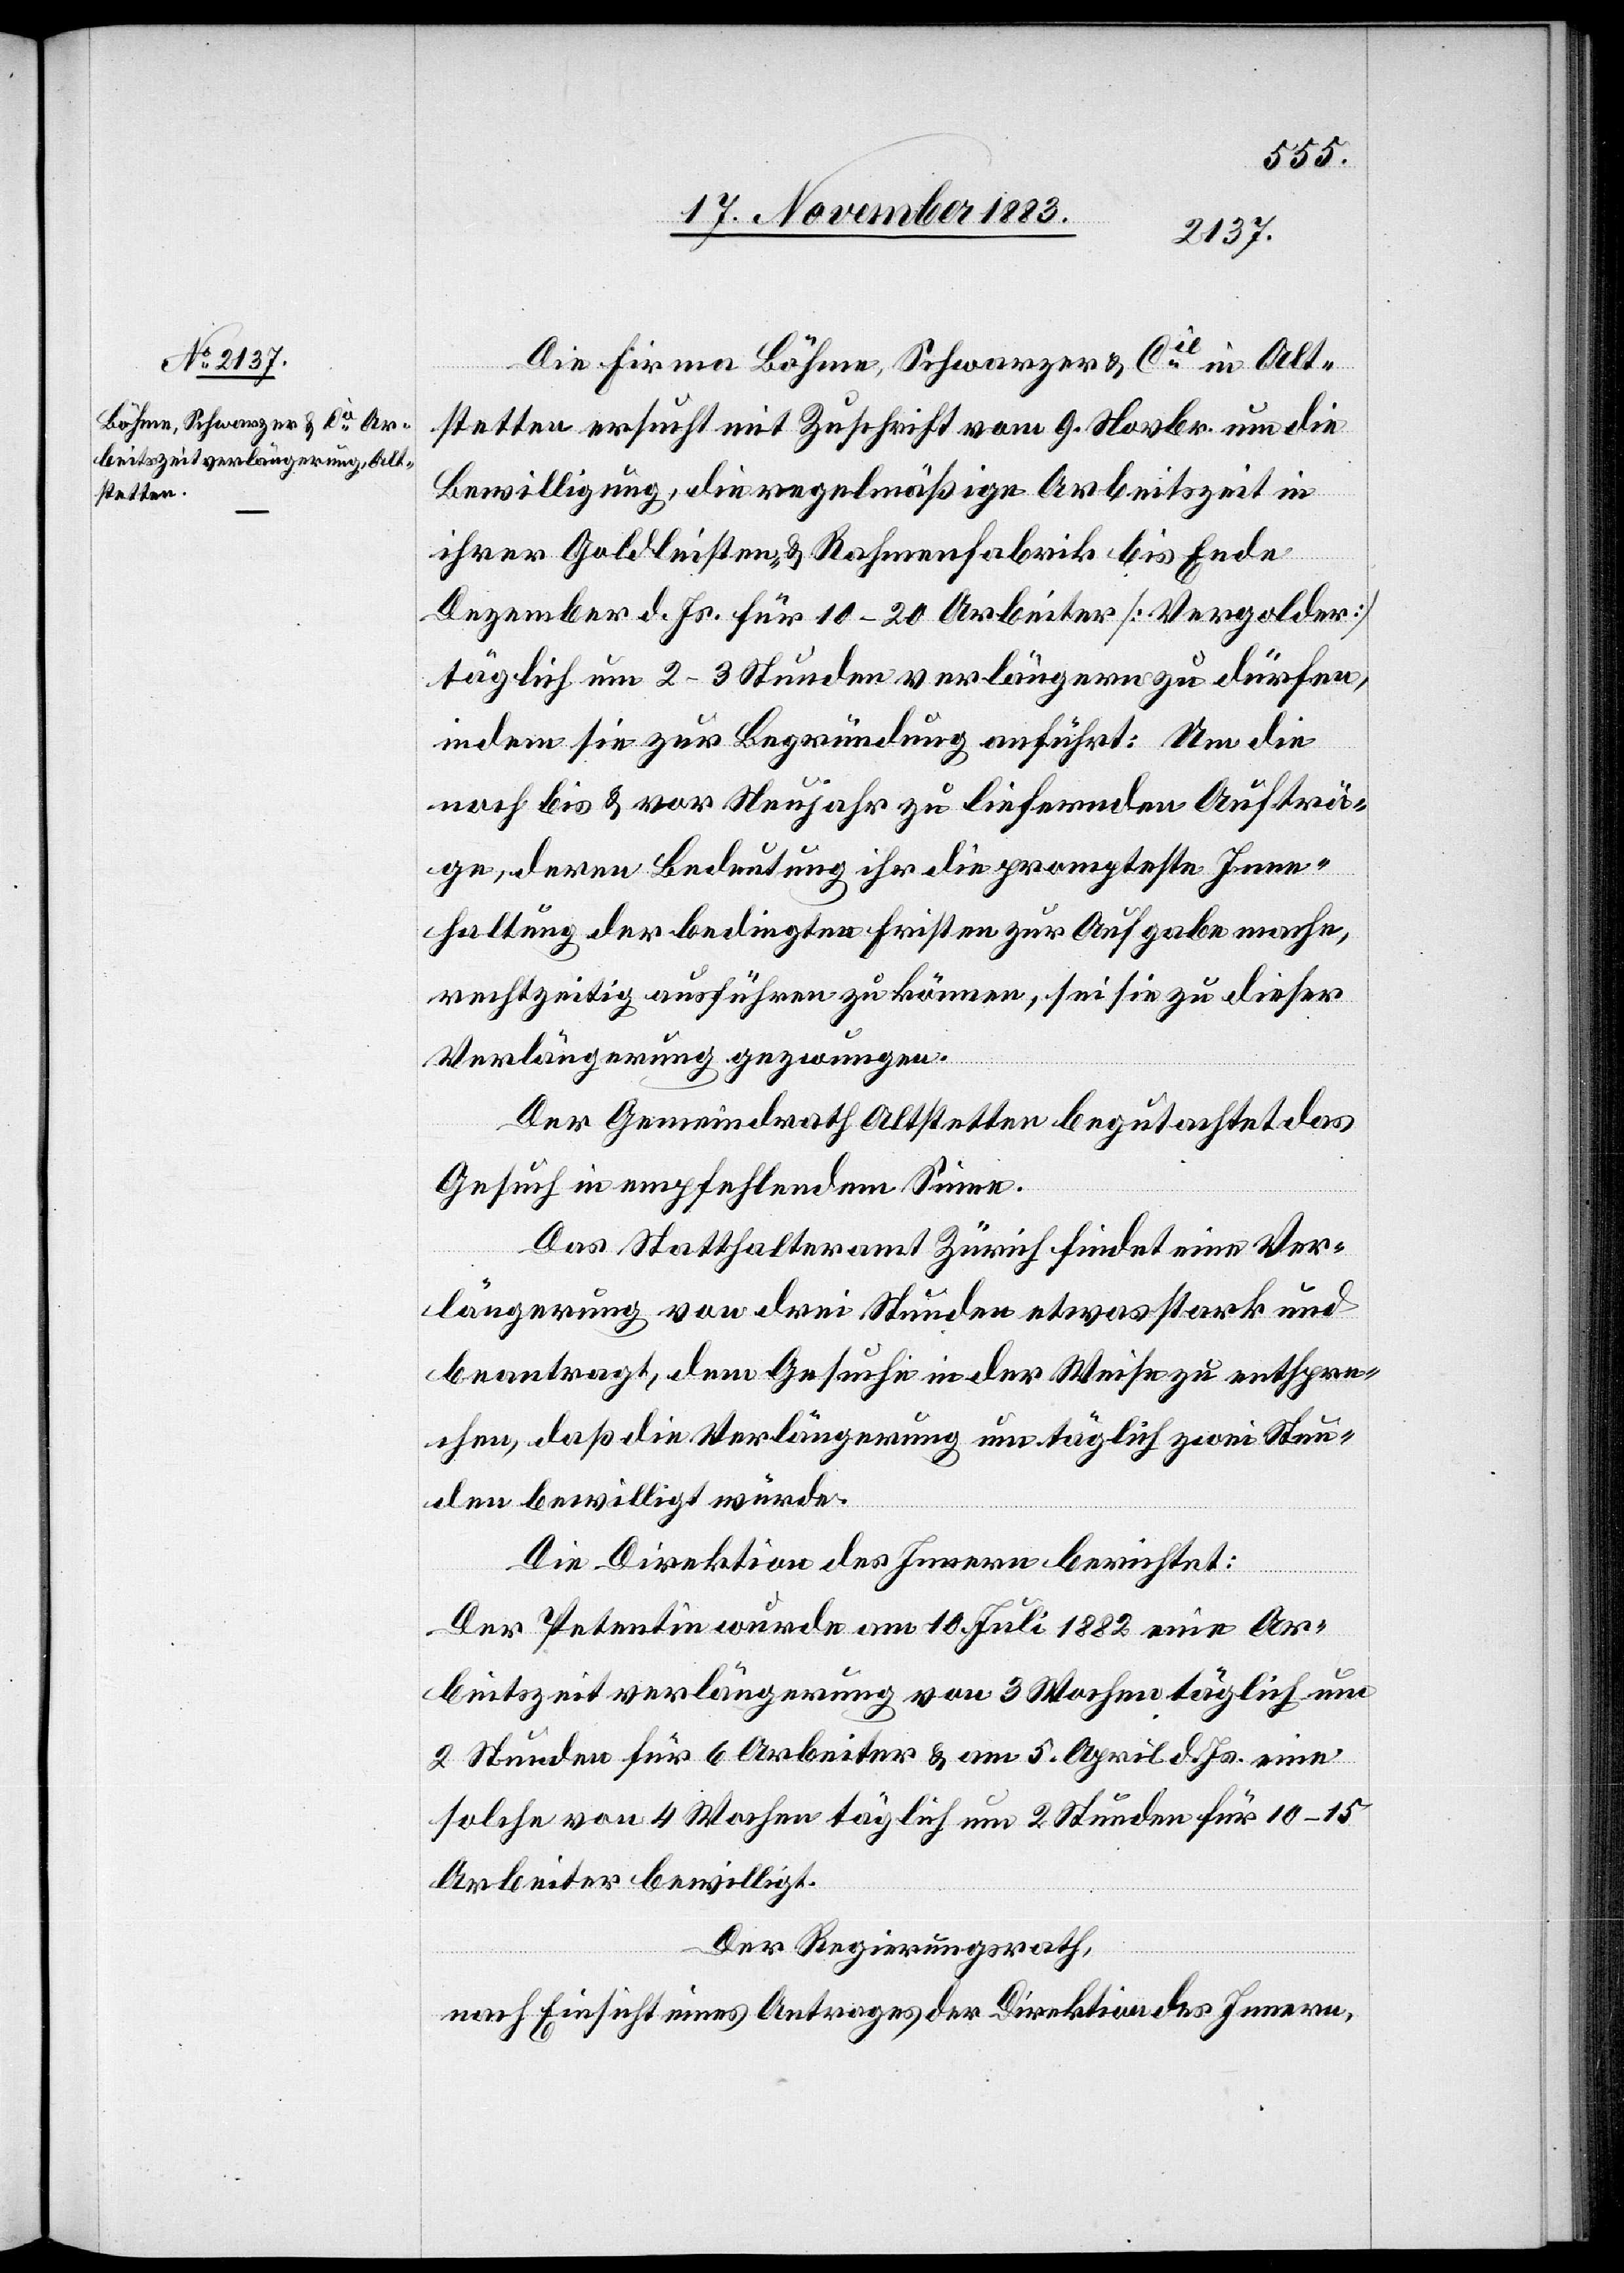
Die Firma Böhme, Schwarzer & Cie in Alt¬
stetten ersucht mit Zuschrift vom 9. Novbr. um die
Bewilligung, die regelmäßige Arbeitszeit in
ihrer Goldleisten- & Rahmenfabrik bis Ende
Dezember d. Js. für 10–20 Arbeiter [Vergolder]
täglich um 2–3 Stunden verlängern zu dürfen,
indem sie zur Begründung anführt: Um die
noch bis & vor Neujahr zu liefernden Aufträ¬
ge, deren Bedeutung ihr die prompteste Inne¬
haltung der bedingten Fristen zur Aufgabe mache,
rechtzeitig ausführen zu können, sei sie zu dieser
Verlängerung gezwungen.
Der Gemeindrath Altstetten begutachtet das
Gesuch in empfehlendem Sinne.
Das Statthalteramt Zürich findet eine Ver¬
längerung von drei Stunden etwas stark und
beantragt, dem Gesuche in der Weise zu entspre¬
chen, daß die Verlängerung um täglich zwei Stun¬
den bewilligt würde.
Die Direktion des Innern berichtet:
Der Petentin wurde am 10. Juli 1882 eine Ar¬
beitszeitverlängerung von 3 Wochen täglich um
2 Stunden für 6 Arbeiter & am 5. April d. Js eine
solche von 4 Wochen täglich um 2 Stunden für 10–15
Arbeiter bewilligt.
Der Regierungsrath,
nach Einsicht eines Antrages der Direktion des Innern,